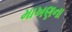
માખણના